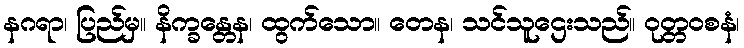
နဂရာ၊ ပြည်မှ။ နိက္ခန္တေန၊ ထွက်သော။ တေန၊ သင်သူဌေးသည်။ ဝုတ္တဝစနံ၊